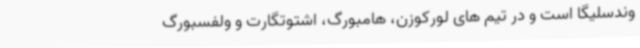
وندسلیگا است و در تیم های لورکوزن، هامبورگ، اشتوتگارت و ولفسبورگ